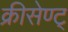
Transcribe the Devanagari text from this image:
क्रीसेण्ट्